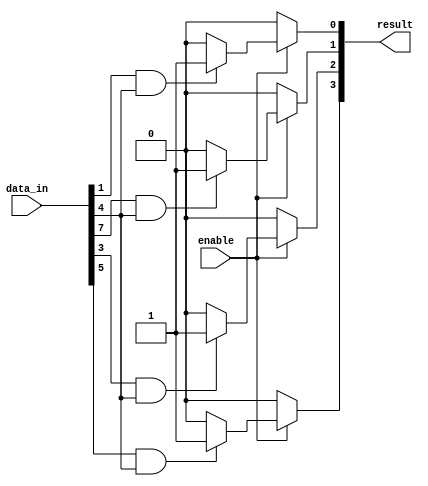
module adjacency_groups (
    input [8:0] data_in, // 3x3 grid input (9 bits)
    output reg [3:0] result, // Output for each of the four conditions
    input enable // Control signal to enable functionality
);

// Internal signals for neighbors
wire center = data_in[4];
wire up    = data_in[1];
wire down  = data_in[7];
wire left  = data_in[3];
wire right = data_in[5];

// Helper signals for adjacency conditions
wire adj_up   = up   && center;   // Center and up are adjacent
wire adj_down = down && center;   // Center and down are adjacent
wire adj_left = left && center;   // Center and left are adjacent
wire adj_right = right && center; // Center and right are adjacent

always @(*) begin
    if (enable) begin
        // Initialize results
        result = 4'b0000;
        
        // Logic operations based on adjacency
        result[0] = adj_up ? 1'b1 : 1'b0;        // Condition for up adjacency
        result[1] = adj_down ? 1'b1 : 1'b0;      // Condition for down adjacency
        result[2] = adj_left ? 1'b1 : 1'b0;       // Condition for left adjacency
        result[3] = adj_right ? 1'b1 : 1'b0;      // Condition for right adjacency
    end else begin
        // If not enabled, output zeros
        result = 4'b0000;
    end
end

endmodule